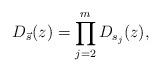
LaTeX: \begin{align*}D_{\vec{s}}(z) = \prod_{j=2}^{m} D_{s_{j}}(z),\end{align*}